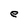
Character: e